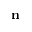
\mathbf { n }